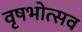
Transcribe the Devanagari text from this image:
वृषभोत्सव